Vaccination North-Western Provinces and Oudh 1878-1895 - 1878-1895
Year: 1878
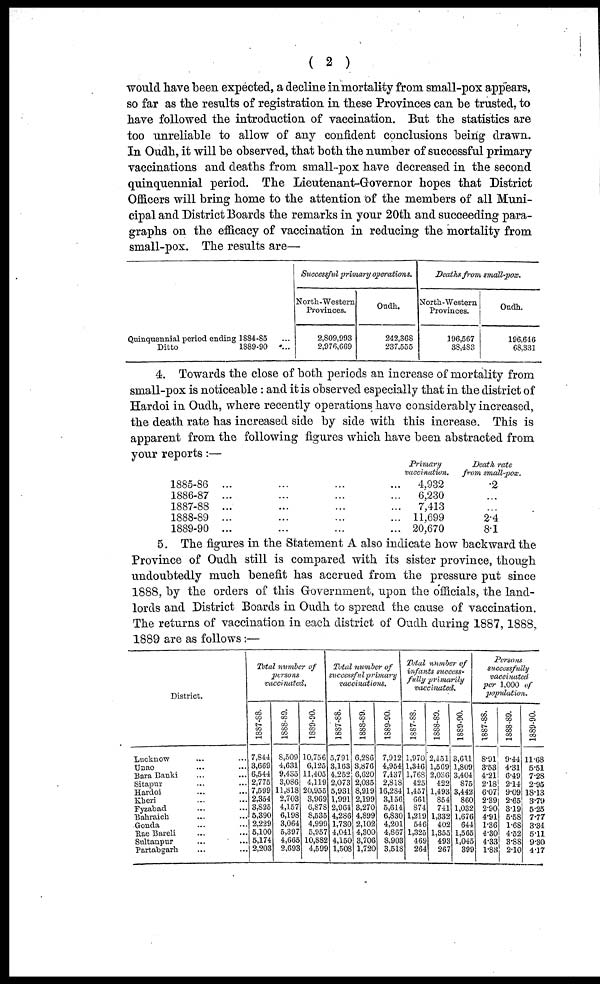
( 2 )
would have been expected, a decline in mortality from small-pox appears,
so far as the results of registration in these Provinces can be trusted, to
have followed the introduction of vaccination. But the statistics are
too unreliable to allow of any confident conclusions being drawn.
In Oudh, it will be observed, that both the number of successful primary
vaccinations and deaths from small-pox have decreased in the second
quinquennial period. The Lieutenant-Governor hopes that District
Officers will bring home to the attention of the members of all Muni-
cipal and District Boards the remarks in your 20th and succeeding para-
graphs on the efficacy of vaccination in reducing the mortality from
small-pox. The results are—
Quinquennial period ending 1884-85 ...
Ditto
1889-90
...
Successful primary operations.
North-Western
Provinces.
2,809,993
2,976,669
Oudh.
242,368
237,555
Deaths from small-pox.
North-Western
Provinces.
196,567
38,483
Oudh.
196,646
68,331
4. Towards the close of both periods an increase of mortality from
small-pox is noticeable : and it is observed especially that in the district of
Hardoi in Oudh, where recently operations have considerably increased,
the death rate has increased side by side with this increase. This is
apparent from the following figures which have been abstracted from
your reports:—
1885-86 ... ... ... ...
1886-87 ... ... ... ...
1887-88 ... ... ... ...
1888-89 ... ... ... ...
1889-90 ... ... ... ...
Primary
vaccination.
4,932
6,230
7,413
11,699
20,670
Death rate
from small-pox.
.2
...
...
2.4
8.1
5. The figures in the Statement A also indicate how backward the
Province of Oudh still is compared with its sister province, though
undoubtedly much benefit has accrued from the pressure put since
1888, by the orders of this Government, upon the officials, the land-
lords and District Boards in Oudh to spread the cause of vaccination.
The returns of vaccination in each district of Oudh during 1887, 1888,
1889 are as follows:—
District.
Lucknow ... ...
Unao ... ...
Bara Banki ... ...
Sitapur ... ...
Hardoi ... ...
Kheri ... ...
Fyzabad ... ...
Bahraich ... ...
Gonda ... ...
Rae Bareli ... ...
Sultanpur ... ...
Partabgarh ... ...
Total number of
persons
vaccinated.
1887-88.
7,844
3,669
6,544
2,775
7,599
2,354
3,825
5,390
2,229
5,100
5,174
2,203
1888-89.
8,509
4,631
9,435
3,086
11,818
2,703
4,157
6,198
3,064
5,397
4,665
2,693
1889-90.
10,756
6,125
11,405
4,119
20,955
3,969
6,878
8,535
4,999
5,957
10,882
4,599
Total number of
successful primary
vaccinations.
1887-88.
5,791
3,163
4,252
2,073
5,931
1,991
2,964
4,286
1,730
4,041
4,150
1,508
1888-89.
6,286
3,876
6,620
2,035
8,919
2,199
3,270
4,899
2,102
4,300
3,706
1,720
1889-90.
7,912
4,954
7,437
2,818
16,284
3,156
5,614
6,830
4,201
4,867
8,903
3,518
Total number of
infants success-
fully primarily
vaccinated.
1887-88.
1,970
1,346
1,768
425
1,457
661
874
1,219
546
1,325
469
264
1888-89.
2,451
1,569
2,036
422
1,493
854
741
1,332
402
1,355
493
267
1889-90.
3,611
1,809
3,404
875
3,442
860
1,032
1,676
644
1,565
1,045
399
Persons
successfully
vaccinated
per 1,000 of
population.
1887-88.
8.91
3.53
4.21
2.18
6.07
2.39
2.90
4.91
1.36
4.30
4.33
1.83
1888-89.
9.44
4.31
6.49
2.14
9.09
2.65
3.19
5.58
1.68
4.52
3.88
2.10
1889-90.
11.68
5.51
7.28
2.95
18.13
3.79
5.25
7.77
3.34
5.11
9.30
4.17